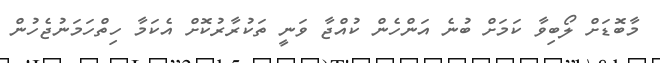
މާބޮޑަށް ލޯބިވާ ކަމަށް ބުނެ އަންހެން ކުއްޖާ ވަނީ ތަކުރާރުކޮށް އެކަމާ ހިތްހަމަނުޖެހުން